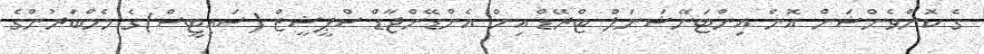
ގެ ކޮންވެންޝަން އޮން އިންޓަނޭޝަނަލް ޓްރޭޑް އިން އެންޑޭންޖާޑް ސްޕީޝީޒް (ސައިޓީސް)ގެ މެމްބަރުންގެ